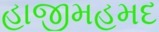
હાજીમહમદ